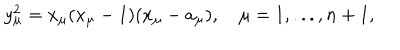
y _ { \mu } ^ { 2 } = x _ { \mu } ( x _ { \mu } - 1 ) ( x _ { \mu } - a _ { \mu } ) , \quad \mu = 1 , . . . , n + 1 ,